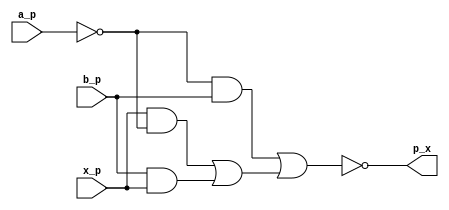
module Celda_final_d_i (

    input wire a_p, // Entrada A
    input wire b_p, // Entrada B
    input wire x_p, // Entrada x, representa el estado inicial definido
    output wire p_x // Salida, resultado de la lgica combinacional del mdulo
);

    wire c1; // Salida de N1
    wire c2; // Salida de N2
    wire c3; // Salida de A1
    wire c4; // Salida de A2
    wire c5; // Salida de A3
    wire c6; // Salida de O1

    // Negar A
    not N1 (c1, a_p);

    //  ~A con X
    and A1 (c2, x_p, c1);

    //  x con B
    and A2 (c3, b_p, x_p);

    //  ~A con B
    and A3 (c4, c1, b_p);

    // Sumar
    or O5 (c5, c2, c3);
    or O6 (c6, c4, c5);

    // Negar la salida final
    not N2 (p_x, c6);

endmodule